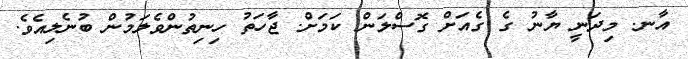
އާނ. މިދަނީ ޔާނު ގެ ގެއަށް ގޮސްލަން ކަމަށް. ޖާހަތު ހިނިތުންވެލަމުން ބުނެލިއެވެ.